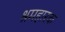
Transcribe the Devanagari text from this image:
श्रमहारक